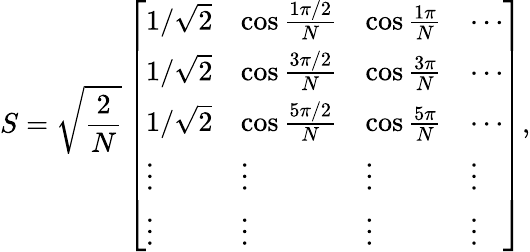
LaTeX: S=\sqrt{\frac{2}{N}}\left[\begin{array}{llll}{1/\sqrt{2}}&{\cos\frac{1\pi/2}{N}}&{\cos\frac{1\pi}{N}}&{\cdots}\\ {1/\sqrt{2}}&{\cos\frac{3\pi/2}{N}}&{\cos\frac{3\pi}{N}}&{\cdots}\\ {1/\sqrt{2}}&{\cos\frac{5\pi/2}{N}}&{\cos\frac{5\pi}{N}}&{\cdots}\\ {\vdots}&{\vdots}&{\vdots}&{\vdots}\\ {\vdots}&{\vdots}&{\vdots}&{\vdots}\end{array}\right],